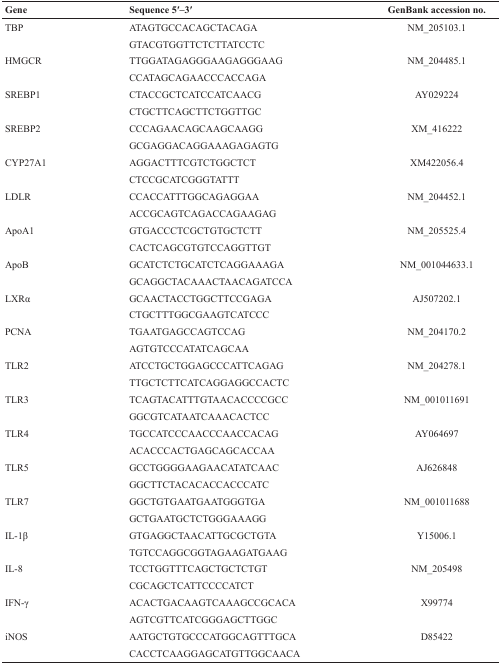
<table><thead><tr><td><b>Gene</b></td><td><b>Sequence 5′–3′</b></td><td><b>GenBank accession no.</b></td></tr></thead><tbody><tr><td>TBP</td><td>ATAGTGCCACAGCTACAGA</td><td>NM_205103.1</td></tr><tr><td></td><td>GTACGTGGTTCTCTTATCCTC</td><td></td></tr><tr><td>HMGCR</td><td>TTGGATAGAGGGAAGAGGGAAG</td><td>NM_204485.1</td></tr><tr><td></td><td>CCATAGCAGAACCCACCAGA</td><td></td></tr><tr><td>SREBP1</td><td>CTACCGCTCATCCATCAACG</td><td>AY029224</td></tr><tr><td></td><td>CTGCTTCAGCTTCTGGTTGC</td><td></td></tr><tr><td>SREBP2</td><td>CCCAGAACAGCAAGCAAGG</td><td>XM_416222</td></tr><tr><td></td><td>GCGAGGACAGGAAAGAGAGTG</td><td></td></tr><tr><td>CYP27A1</td><td>AGGACTTTCGTCTGGCTCT</td><td>XM422056.4</td></tr><tr><td></td><td>CTCCGCATCGGGTATTT</td><td></td></tr><tr><td>LDLR</td><td>CCACCATTTGGCAGAGGAA</td><td>NM_204452.1</td></tr><tr><td></td><td>ACCGCAGTCAGACCAGAAGAG</td><td></td></tr><tr><td>ApoA1</td><td>GTGACCCTCGCTGTGCTCTT</td><td>NM_205525.4</td></tr><tr><td></td><td>CACTCAGCGTGTCCAGGTTGT</td><td></td></tr><tr><td>ApoB</td><td>GCATCTCTGCATCTCAGGAAAGA</td><td>NM_001044633.1</td></tr><tr><td></td><td>GCAGGCTACAAACTAACAGATCCA</td><td></td></tr><tr><td>LXRα</td><td>GCAACTACCTGGCTTCCGAGA</td><td>AJ507202.1</td></tr><tr><td></td><td>CTGCTTTGGCGAAGTCATCCC</td><td></td></tr><tr><td>PCNA</td><td>TGAATGAGCCAGTCCAG</td><td>NM_204170.2</td></tr><tr><td></td><td>AGTGTCCCATATCAGCAA</td><td></td></tr><tr><td>TLR2</td><td>ATCCTGCTGGAGCCCATTCAGAG</td><td>NM_204278.1</td></tr><tr><td></td><td>TTGCTCTTCATCAGGAGGCCACTC</td><td></td></tr><tr><td>TLR3</td><td>TCAGTACATTTGTAACACCCCGCC</td><td>NM_001011691</td></tr><tr><td></td><td>GGCGTCATAATCAAACACTCC</td><td></td></tr><tr><td>TLR4</td><td>TGCCATCCCAACCCAACCACAG</td><td>AY064697</td></tr><tr><td></td><td>ACACCCACTGAGCAGCACCAA</td><td></td></tr><tr><td>TLR5</td><td>GCCTGGGGAAGAACATATCAAC</td><td>AJ626848</td></tr><tr><td></td><td>GGCTTCTACACACCACCCATC</td><td></td></tr><tr><td>TLR7</td><td>GGCTGTGAATGAATGGGTGA</td><td>NM_001011688</td></tr><tr><td></td><td>GCTGAATGCTCTGGGAAAGG</td><td></td></tr><tr><td>IL-1β</td><td>GTGAGGCTAACATTGCGCTGTA</td><td>Y15006.1</td></tr><tr><td></td><td>TGTCCAGGCGGTAGAAGATGAAG</td><td></td></tr><tr><td>IL-8</td><td>TCCTGGTTTCAGCTGCTCTGT</td><td>NM_205498</td></tr><tr><td></td><td>CGCAGCTCATTCCCCATCT</td><td></td></tr><tr><td>IFN-γ</td><td>ACACTGACAAGTCAAAGCCGCACA</td><td>X99774</td></tr><tr><td></td><td>AGTCGTTCATCGGGAGCTTGGC</td><td></td></tr><tr><td>iNOS</td><td>AATGCTGTGCCCATGGCAGTTTGCA</td><td>D85422</td></tr><tr><td></td><td>CACCTCAAGGAGCATGTTGGCAACA</td><td></td></tr></tbody></table>